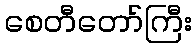
စေတီတော်ကြီး